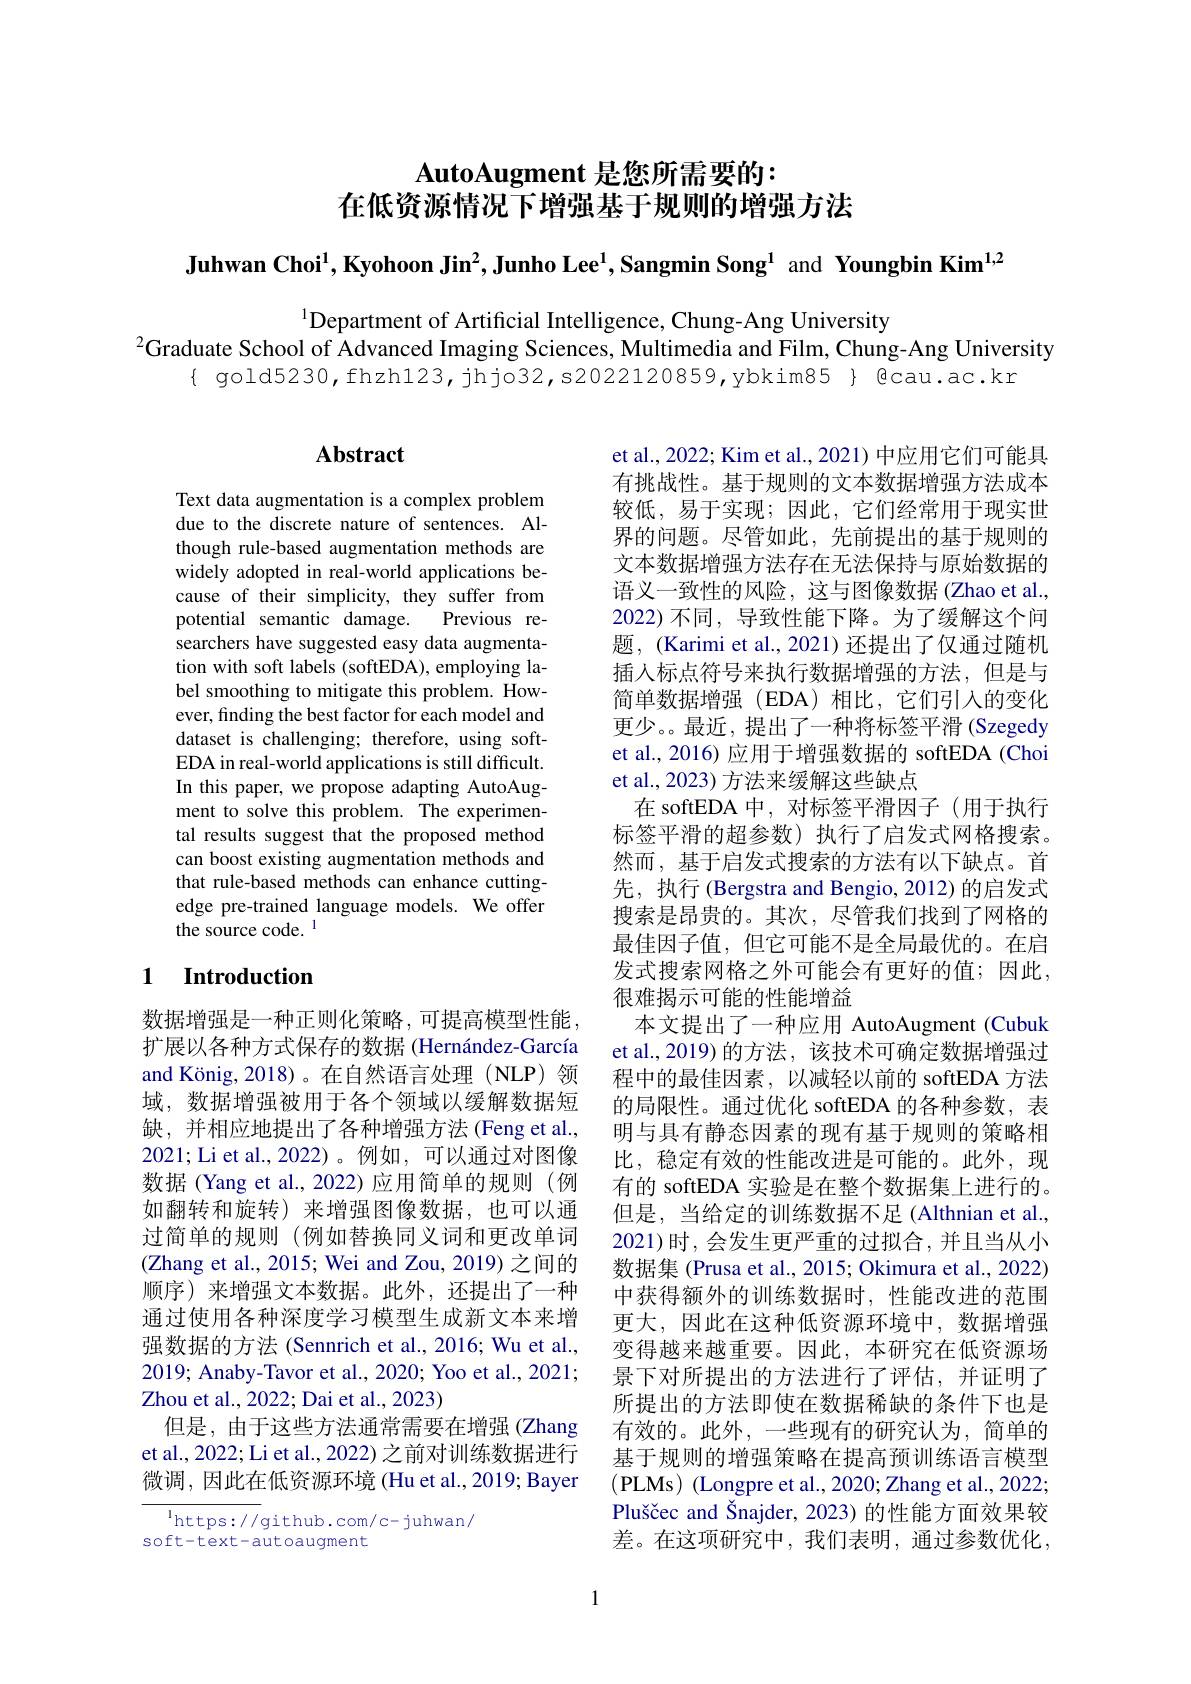
$\textbf{AutoAugment 是 您 所 需 要 的 : }$
在低资源情况下增强基于规则的增强方法

Juhwan Choi$^1,\textbf{KyohoonJin}^2,\textbf{Junho Lee}^1,\textbf{Sangmin Song}^1$ and Youngbin Kim$^{1,2}$

$^{1}$Department of Artificial Intelligence, Chung-Ang University
$^{2}$Graduate School of Âdvanced Imaging Sciences, Multimedia and Film, Chung-Ang University
{ gold5230,fhzh123,jhjo32,s2022120859,ybkim85} $ Qcau.ac.kr

# Abstract

Text data augmentation is a complex problem due to the discrete nature of sentences. Although rule-based augmentation methods are widely adopted in real-world applications because of their simplicity, they suffer from potential semantic damage. Previous researchers have suggested easy data augmentation with soft labels (softEDA), employing label smoothing to mitigate this problem. However, finding the best factor for each model and dataset is challenging; therefore, using softEDA in real-world applications is still difficult. In this paper, we propose adapting AutoAugment to solve this problem. The experimental results suggest that the proposed method can boost existing augmentation methods and that rule-based methods can enhance cuttingedge pre-trained language models. We offer the source code. 1

# 1 Introduction

数据增强是一种正则化策略，可提高模型性能扩展以各种方式保存的数据 (Hernández-García and König, 2018)。在自然语言处理(NLP) 领域，数据增强被用于各个领域以缓解数据短缺，并相应地提出了各种增强方法(Feng et al., 2021; Li et al., 2022)。例如，可以通过对图像数据 (Yang et al., 2022)应用简单的规则 (例如翻转和旋转)来增强图像数据，也可以通过简单的规则(例如替换同义词和更改单词(Zhang et al., 2015; Wei and Zou, 2019) 之间的顺序)来增强文本数据。此外，还提出了一种通过使用各种深度学习模型生成新文本来增强数据的方法 (Sennrich et al., 2016; Wu et al., 2019; Anaby-Tavor et al., 2020; Yoo et al., 2021; Zhou et al., 2022; Dai et al., 2023)
但是，由于这些方法通常需要在增强(Zhang et al., 2022; Li et al., 2022) 之前对训练数据进行微调，因此在低资源环境 (Hu et al., 2019; Bayer

$^{\mathrm{l}}$https://github.com/c-juhwan/
soft-text-autoaugment

et al., 2022; Kim et al., 2021) 中应用它们可能具有挑战性。基于规则的文本数据增强方法成本较低，易于实现；因此，它们经常用于现实世界的问题。尽管如此，先前提出的基于规则的文本数据增强方法存在无法保持与原始数据的语义一致性的风险，这与图像数据(Zhao et al., 2022)不同，导致性能下降。为了缓解这个问题，(Karimi et al., 2021) 还提出了仅通过随机插人标点符号来执行数据增强的方法，但是与简单数据增强(EDA)相比，它们引入的变化更少。最近，提出了一种将标签平滑(Szegedy et al., 2016) 应用于增强数据的 softEDA (Choi et al., 2023) 方法来缓解这些缺点
在 softEDA 中，对标签平滑因子(用于执行标签平滑的超参数)执行了启发式网格搜索。然而，基于启发式搜索的方法有以下缺点。首先，执行 (Bergstra and Bengio, 2012) 的启发式搜索是昂贵的。其次，尽管我们找到了网格的最佳因子值，但它可能不是全局最优的。在启发式搜索网格之外可能会有更好的值；因此， 很难揭示可能的性能增益
本文提出了一种应用 AutoAugment (Cubuk et al.,2019) 的方法，该技术可确定数据增强过程中的最佳因素，以减轻以前的 softEDA 方法的局限性。通过优化 softEDA 的各种参数，表明与具有静态因素的现有基于规则的策略相比，稳定有效的性能改进是可能的。此外，现有的 softEDA 实验是在整个数据集上进行的。但是，当给定的训练数据不足 (Althnian et al., 2021)时，会发生更严重的过拟合，并且当从小数据集 (Prusa et al., 2015; Okimura et al., 2022) 中获得额外的训练数据时，性能改进的范围更大，因此在这种低资源环境中，数据增强变得越来越重要。因此，本研究在低资源场景下对所提出的方法进行了评估，并证明了所提出的方法即使在数据稀缺的条件下也是有效的。此外，一些现有的研究认为，简单的基于规则的增强策略在提高预训练语言模型(PLMs) (Longpre et al., 2020; Zhang et al., 2022; Pluščec and Šnajder, 2023) 的性能方面效果较差。在这项研究中，我们表明，通过参数优化，

1